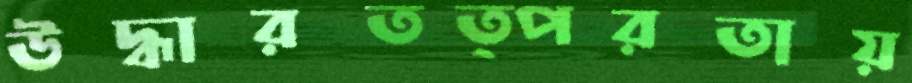
উদ্ধারতত্পরতায়